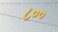
૮૦૦